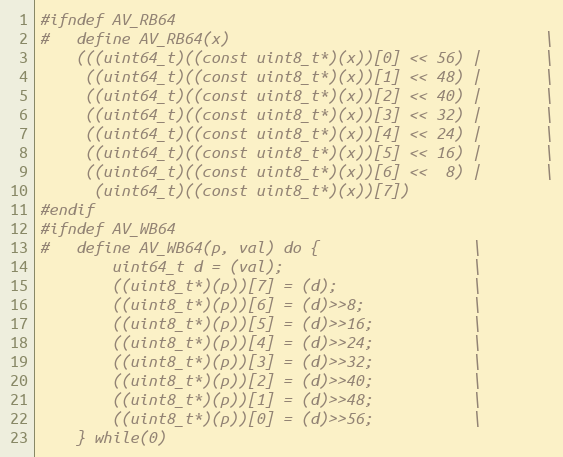
Language: C
#ifndef AV_RB64
#   define AV_RB64(x)                                   \
    (((uint64_t)((const uint8_t*)(x))[0] << 56) |       \
     ((uint64_t)((const uint8_t*)(x))[1] << 48) |       \
     ((uint64_t)((const uint8_t*)(x))[2] << 40) |       \
     ((uint64_t)((const uint8_t*)(x))[3] << 32) |       \
     ((uint64_t)((const uint8_t*)(x))[4] << 24) |       \
     ((uint64_t)((const uint8_t*)(x))[5] << 16) |       \
     ((uint64_t)((const uint8_t*)(x))[6] <<  8) |       \
      (uint64_t)((const uint8_t*)(x))[7])
#endif
#ifndef AV_WB64
#   define AV_WB64(p, val) do {                 \
        uint64_t d = (val);                     \
        ((uint8_t*)(p))[7] = (d);               \
        ((uint8_t*)(p))[6] = (d)>>8;            \
        ((uint8_t*)(p))[5] = (d)>>16;           \
        ((uint8_t*)(p))[4] = (d)>>24;           \
        ((uint8_t*)(p))[3] = (d)>>32;           \
        ((uint8_t*)(p))[2] = (d)>>40;           \
        ((uint8_t*)(p))[1] = (d)>>48;           \
        ((uint8_t*)(p))[0] = (d)>>56;           \
    } while(0)